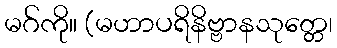
မဂ်ကို။ (မဟာပရိနိဗ္ဗာနသုတ္တေ၊